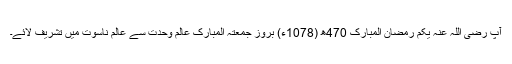
آپ رضی اللہ عنہٗ یکم رمضان المبارک 470ھ (1078ء) بروز جمعتہ المبارک عالمِ وحدت سے عالمِ ناسوت میں تشریف لائے۔